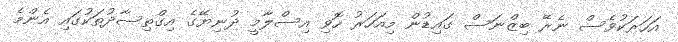
އަހަރަކުވެސް ނެރޭ ބިޒްނަސް ގައިޑުން މިއަހަރު ހޮވި އިސްލާމީ ދުނިޔޭގެ އިގްތިސާދުތަކުގައި އެންމެ